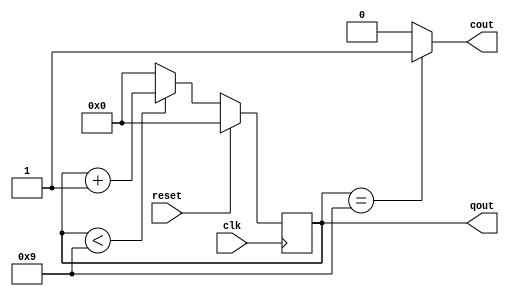
module count10(cout,qout,reset,clk);
	input reset,clk;
	output reg[3:0] qout;
	output cout;
	always @(posedge clk)
	begin
		if(reset)
			qout<=0;
		else if (qout<9)
			qout<=qout+1;
		else
			qout<=0;
	end
	assign cout = (qout==9)?1:0;
endmodule